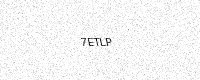
Text: 7ETLP